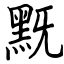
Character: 黖